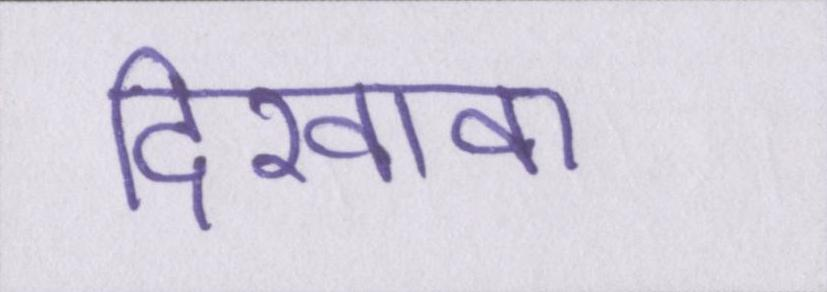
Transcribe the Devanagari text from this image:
दिखावा